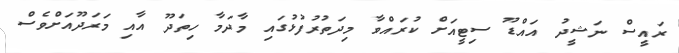
ރައީސް ނަޝީދު އައްޑޫ ސިޓީއަށް ކުރައްވާ މިދަތުރުފުޅުގައި މާދަމާ ހިތަދޫ އާއި މަރަދޫއަށްވެސް